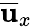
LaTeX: \overline{{{\mathbf u}}}_{x}